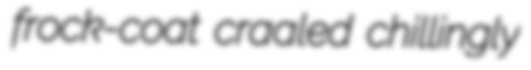
frock-coat craaled chillingly